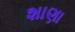
શાણા